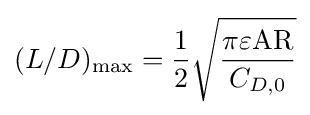
(L/D)_{\text{max}}={\frac {1}{2}}{\sqrt {\frac {\pi \varepsilon {\text{AR}}}{C_{D,0}}}}